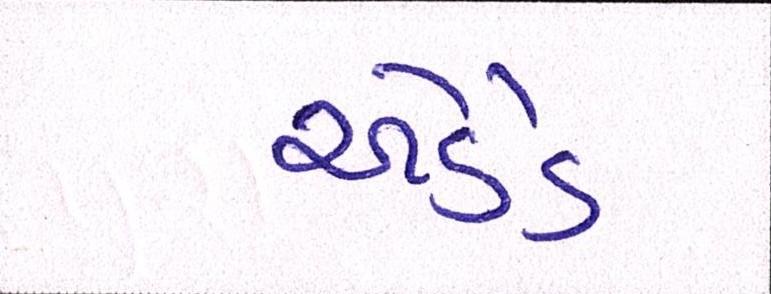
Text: એડેડ